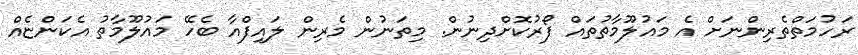
ރަހުމަތްތެރިންނަށް އެ މައުލޫމާތުތައް ފޯރުކޮށްދިނުން. މިތަނުން މެރިން ލައިފްއާ ބެހޭ މައުލޫމާތު އެކަންޏެއް